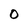
Character: 0